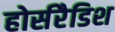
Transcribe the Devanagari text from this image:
होर्सरैडिश